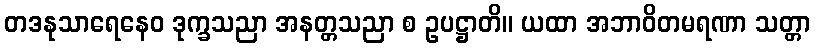
တဒနုသာရေနေဝ ဒုက္ခသညာ အနတ္တသညာ စ ဥပဋ္ဌာတိ။ ယထာ အဘာဝိတမရဏာ သတ္တာ